Reports on dispensaries and lunatic asylums in the Province of Oudh - 1869-1876
Year: 1869
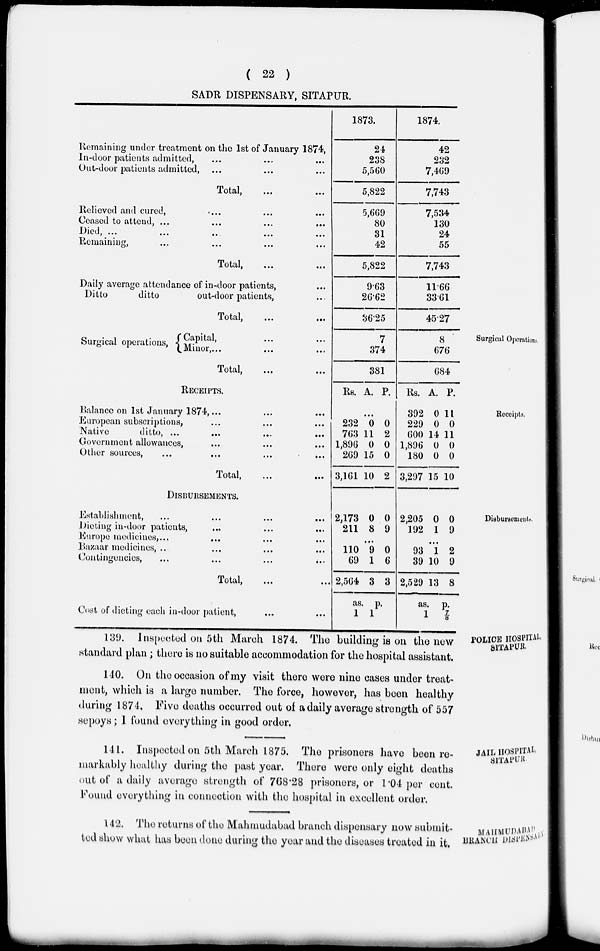
( 22 )
SADR DISPENSARY, SITAPUR.
Remaining under treatment on the 1st of January 1874,
In-door patients admitted, ... ... ...
Out-door patients admitted, ... ... ..
Total ,
...
...
Relieved and cured, ... ... ...
Ceased to attend, ... ... ... ...
Died , ... ... ... .... ....
Remaining, ... ... ... ...
Total,
...
...
Daily average attendance of in-door patients, ...
Ditto
ditto
out-door patients, ...
Total ,
...
...
1873.
24
238
5,560
5,822
5,669
80
31
42
5,822
9.63
26.62
36.25
1874.
42
232
7,469
7,743
7,534
130
24
55
7,743
11.66
33.61
45.27
Surgical Operations.
Surgical operations,
Capital, ... ...
Minor, ... ...
Total ,
...
...
7
374
381
8
676
684
Receipts .
RECEIPTS.
Balance on 1st January 1874, ... ... ...
European subscriptions, ... ... ...
Native
ditto, ... ... ... ...
Government allowances, ... ... ...
Other sources,
...
...
...
...
Total,
...
...
Rs. A. P.
...
232
763
1,896
269
3,161
0
11
0
15
10
0
2
0
0
2
Rs.
392
229
600
1,896
180
3,297
A.
0
0
14
0
0
15
P.
11
0
11
0
0
10
Disbursements.
DISBURSEMENTS.
Establishment, ... ... ... ...
Dieting in-door patients, … … …
Europe medicines, ... … … …
Bazaar medicines, ... … … …
Contingencies,
...
…
…
…
Total,
...
...
Cost of dieting each in-door patient, ... ...
2,173
211
0
8
0
9
...
110
69
2,564
as.
1
9
1
3
0
6
3
p.
1
2,205
192
0
1
0
9
...
93
39
2,529
as.
1
1
10
13
2
9
8
p.
7/8
POLICE HOSPITAL,
SITAPUR.
139. Inspected on 5th March 1874. The building is on the new
standard plan ; there is no suitable accommodation for the hospital assistant.
140. On the occasion of my visit there were nine cases under treat-
ment, which is a large number. The force, however, has been healthy
during 1874. Five deaths occurred out of a daily average strength of 557
sepoys; I found everything in good order.
JAIL HOSPITAL,
SITAPUR
141. Inspected on 5th March 1875. The prisoners have been re-
markably healthy during the past year. There were only eight deaths
out of a daily average strength of 768.28 prisoners, or 1.04 per cent.
Found everything in connection with the hospital in excellent order.
MAHMUDABAD
BRANCH DISPENSARY
142. The returns of the Mahmudabad branch dispensary now submit-
ted show what has been done during the year and the diseases treated in it.